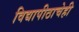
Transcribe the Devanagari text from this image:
विद्यापीठाचेही